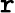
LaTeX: \mathtt{r}